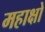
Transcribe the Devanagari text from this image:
महाक्षो